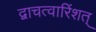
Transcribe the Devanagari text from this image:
द्वाचत्वारिंशत्